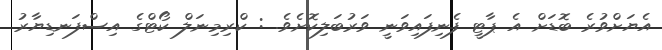
އެޔަށްވުރެ ބޮޑަށް އެ ޕާޓީ ފެނިފައިވަނީ ވަރުބަލިކޮށެވެ. : ކްރިމިނަލް ކޯޓްގެ އިސްފަނޑިޔާރު